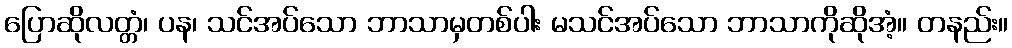
ပြောဆိုလတ္တံ၊ ပန၊ သင်အပ်သော ဘာသာမှတစ်ပါး မသင်အပ်သော ဘာသာကိုဆိုအံ့။ တနည်း။